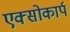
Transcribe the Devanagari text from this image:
एक्सोकार्प